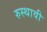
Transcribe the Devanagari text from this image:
रुस्थावी